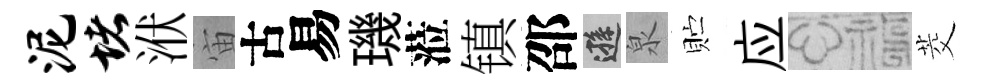
泥堵洑宙古易璣蒞镇邵遜泉贮应福茭